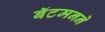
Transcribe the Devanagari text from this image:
बॅटमनने